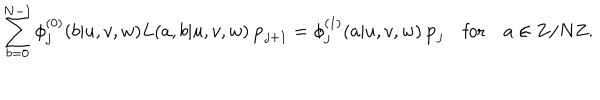
\sum _ { b = 0 } ^ { N - 1 } \phi _ { j } ^ { ( 0 ) } ( b | u , v , w ) L ( a , b | u , v , w ) \, { \bf p } _ { j + 1 } = \phi _ { j } ^ { ( 1 ) } ( a | u , v , w ) \, { \bf p } _ { j } \quad \mathrm { f o r } \quad a \in { \bf Z } / N { \bf Z } .